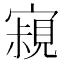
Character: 𡫁